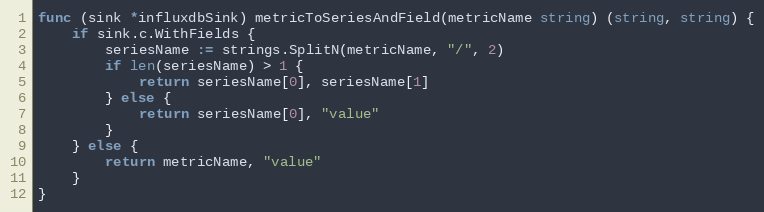
Language: Go
func (sink *influxdbSink) metricToSeriesAndField(metricName string) (string, string) {
	if sink.c.WithFields {
		seriesName := strings.SplitN(metricName, "/", 2)
		if len(seriesName) > 1 {
			return seriesName[0], seriesName[1]
		} else {
			return seriesName[0], "value"
		}
	} else {
		return metricName, "value"
	}
}